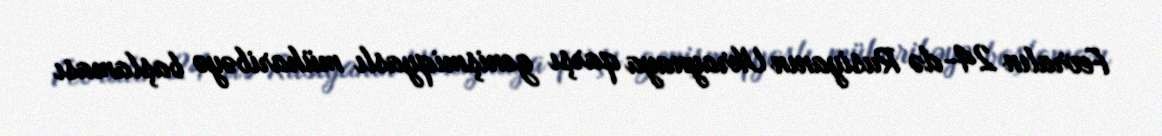
Fevralın 24-də Rusiyanın Ukraynaya qarşı genişmiqyaslı müharibəyə başlaması